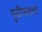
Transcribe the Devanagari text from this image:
गुढीपाढव्या